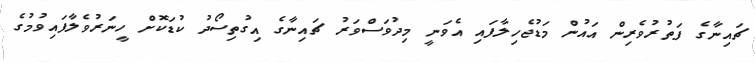
ޗައިނާގެ ފަތުރުވެރިން އައުން މަޑުޖެހިލާފައި އެވަނީ މިދުވަސްވަރު ޗައިނާގެ އިގުތިސޯދު ކުޑަކޮށް ހީނަރުވެލާފައިވުމުގެ